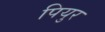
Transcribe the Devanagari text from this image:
पियुर